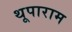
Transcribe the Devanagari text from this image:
थूपाराम